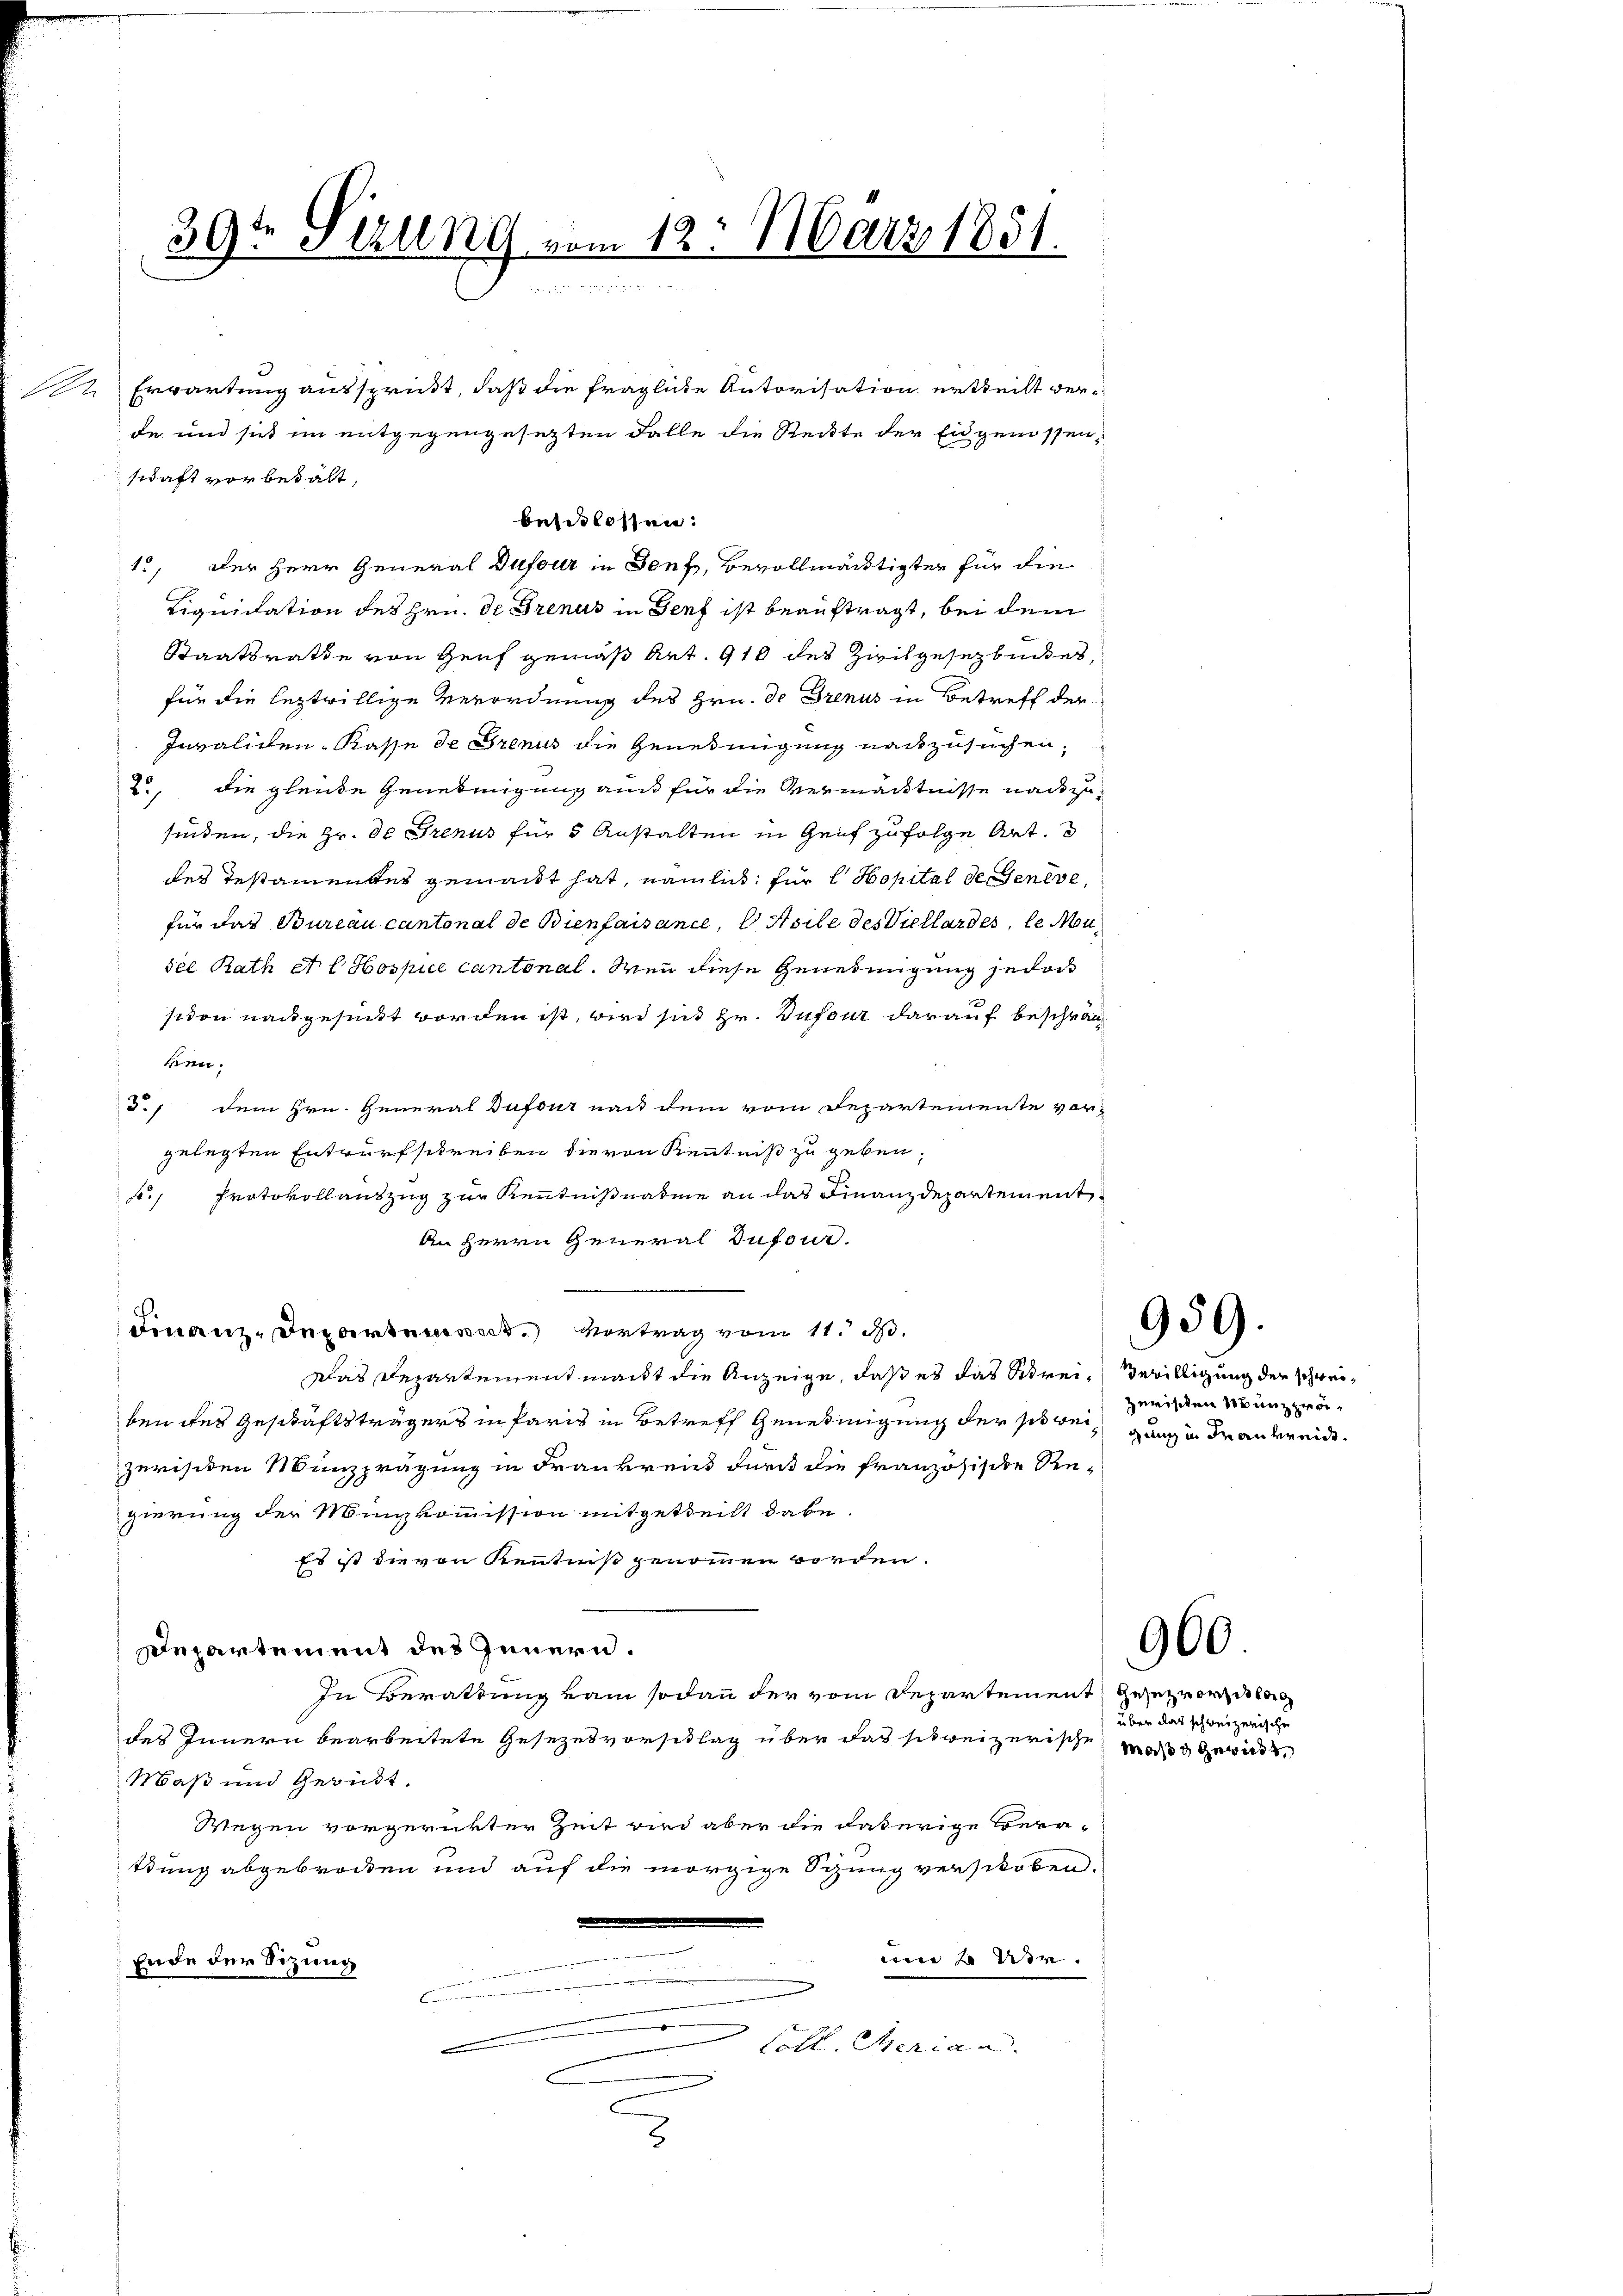
39t 5 Altng vom 12. März 1851.

de und sich im entgegengesezten Falle die Reckte der Eidgenossen,
schaft vorbehalt,
1., der Herr General Dufour in Senf, Bevollmächtigter für die
Liquidation des Hrn. Dr Trenus in Genf ist beauftragt, bei dem
Staatsrathe von Genf gemäß Art. 910 des Zivilgesetzbuches,
für die leztwillige Verordnung des Hrn. De Trenus in Betreff der
Invalichen Kasse de Grenus die Genehmigung nachzusuchen,
2., die gleiche Genehmigung aus für die Vermäntnisse nach zufinden, die Hr. De Trenus für 5 Anstalten in Genf zufolge Art.
des Testamentes gemacht hat, nämlich für l Hopital der Geneve
für das Bureau cantonal de Bienfaisance, Ossile des Viellardes, le Mon
sel Rath et l Hospice cantonal. Wenn diese Genehmigung jedoc
siden nachgesucht worden ist, wird sind Hr. Dufour darauf beschrän
ken.
./ dem Hrn. General Dufour nach dem vom Departemente vor-
gelegten Entwurfschreiben die von Kenntniß zu geben,
. Protokollauszug zur Kenntnißnahme an das Finanzdepartement
An Herrn General Dufour.
Finanz-Departen Vortrag vom 11. d.
Das Departement macht die Anzeige, daß es das Schrei¬ Bewilligung der schweiben des Geschaftsträgers in Paris in Betreff Genehmigung der so weizerisiten Münzprägung in Frankreis durch die Französische Re-
gierung der Minkommission mitgetheilt dabe
Es ist die von Kenntniß genommen worden.
Departement des Innern.
In Berattung vom sodann der vom Departement gesetz vorg
des Innern bearbeitete Gesezesvorschlag über das schweizerische Mode gewirkt
Maß und Geruht.
Wegen vorgerückter Zeit wird aber die daherige Beratdung abgebrocken und auf die morgige Sitzung verschoben.
um 2 der
Ende der Sitzung
Coll. Meria a
3

Erwartung aussprickt, daß die fragliche Autorisation ertheilt ver¬

betitlossen:

959.

zerischen Munz zweigung in Frankreide.

900.

über das schweizerische